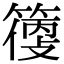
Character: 𥲼